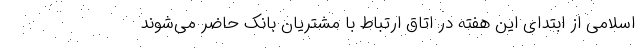
اسلامی از ابتدای این هفته در اتاق ارتباط با مشتریان بانک حاضر می­شوند